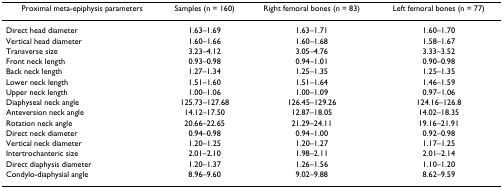
<table><thead><tr><td><b>Proximal meta-epiphysis parameters</b></td><td><b>Samples (n = 160)</b></td><td><b>Right femoral bones (n = 83)</b></td><td><b>Left femoral bones (n = 77)</b></td></tr></thead><tbody><tr><td>Direct head diameter</td><td>1.63–1.69</td><td>1.63–1.71</td><td>1.60–1.70</td></tr><tr><td>Vertical head diameter</td><td>1.60–1.66</td><td>1.60–1.68</td><td>1.58–1.67</td></tr><tr><td>Transverse size</td><td>3.23–4.12</td><td>3.05–4.76</td><td>3.33–3.52</td></tr><tr><td>Front neck length</td><td>0.93–0.98</td><td>0.94–1.01</td><td>0.90–0.98</td></tr><tr><td>Back neck length</td><td>1.27–1.34</td><td>1.25–1.35</td><td>1.25–1.35</td></tr><tr><td>Lower neck length</td><td>1.51–1.60</td><td>1.51–1.64</td><td>1.46–1.59</td></tr><tr><td>Upper neck length</td><td>1.00–1.06</td><td>1.00–1.09</td><td>0.97–1.06</td></tr><tr><td>Diaphyseal neck angle</td><td>125.73–127.68</td><td>126.45–129.26</td><td>124.16–126.8</td></tr><tr><td>Anteversion neck angle</td><td>14.12–17.50</td><td>12.87–18.05</td><td>14.02–18.35</td></tr><tr><td>Rotation neck angle</td><td>20.66–22.65</td><td>21.29–24.11</td><td>19.16–21.91</td></tr><tr><td>Direct neck diameter</td><td>0.94–0.98</td><td>0.94–1.00</td><td>0.92–0.98</td></tr><tr><td>Vertical neck diameter</td><td>1.20–1.25</td><td>1.20–1.27</td><td>1.17–1.25</td></tr><tr><td>Intertrochanteric size</td><td>2.01–2.10</td><td>1.98–2.11</td><td>2.01–2.14</td></tr><tr><td>Direct diaphysis diameter</td><td>1.20–1.37</td><td>1.26–1.56</td><td>1.10–1.20</td></tr><tr><td>Condylo-diaphysial angle</td><td>8.96–9.60</td><td>9.02–9.88</td><td>8.62–9.59</td></tr></tbody></table>